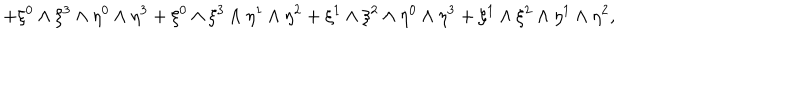
+ \xi ^ { 0 } \wedge \xi ^ { 3 } \wedge \eta ^ { 0 } \wedge \eta ^ { 3 } + \xi ^ { 0 } \wedge \xi ^ { 3 } \wedge \eta ^ { 1 } \wedge \eta ^ { 2 } + \xi ^ { 1 } \wedge \xi ^ { 2 } \wedge \eta ^ { 0 } \wedge \eta ^ { 3 } + \xi ^ { 1 } \wedge \xi ^ { 2 } \wedge \eta ^ { 1 } \wedge \eta ^ { 2 } ,